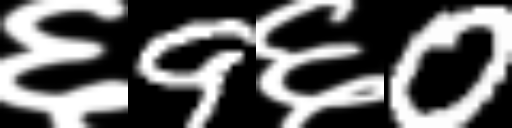
Text: ६9६0